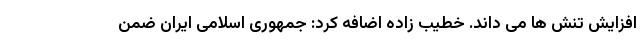
افزایش تنش ها می داند. خطیب زاده اضافه کرد: جمهوری اسلامی ایران ضمن